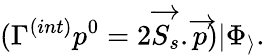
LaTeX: (\Gamma^{(int)}p^{0}=2\overrightarrow{S_{s}}.\overrightarrow{p})|\Phi_{\rangle}.